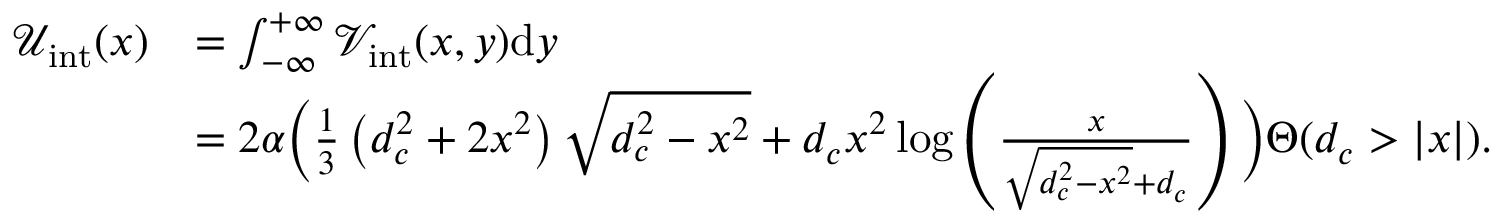
\begin{array} { r l } { \mathcal { U } _ { \mathrm { i n t } } ( x ) } & { = \int _ { - \infty } ^ { + \infty } \mathcal { V } _ { \mathrm { i n t } } ( x , y ) \mathrm { d } y } \\ & { = 2 \alpha \bigg ( \frac { 1 } { 3 } \left( d _ { c } ^ { 2 } + 2 x ^ { 2 } \right) \sqrt { d _ { c } ^ { 2 } - x ^ { 2 } } + d _ { c } x ^ { 2 } \log \left( \frac { x } { \sqrt { d _ { c } ^ { 2 } - x ^ { 2 } } + d _ { c } } \right) \bigg ) \Theta ( d _ { c } > | x | ) . } \end{array}